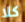
كلا